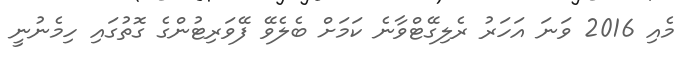
މެއި 2016 ވަނަ އަހަރު ރެލިގޭޓްވާނެ ކަމަށް ބެލެވޭ ފޭވަރިޓުންގެ ގޮތުގައި ހިމެނުނީ